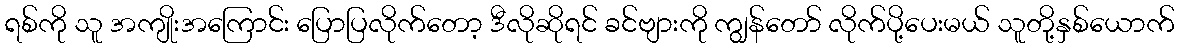
ရစ်ကို သူ အကျိုးအကြောင်း ပြောပြလိုက်တော့ ဒီလိုဆိုရင် ခင်ဗျားကို ကျွန်တော် လိုက်ပို့ပေးမယ် သူတို့နှစ်ယောက်